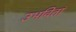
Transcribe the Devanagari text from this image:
उभवितां